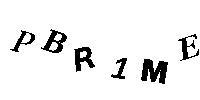
PBR1ME